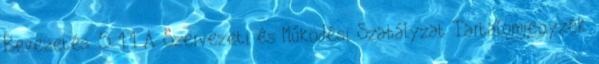
Bevezetés. 5 1.1 A Szervezeti és Működési Szabályzat Tartalomjegyzék